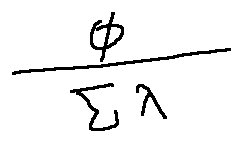
\frac { \phi } { \sum \lambda }